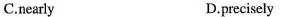
C.nearly D.precisely